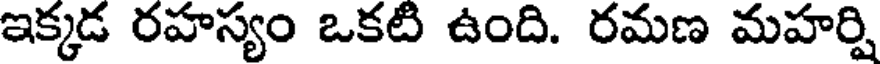
ఇక్కడ రహస్యం ఒకటి ఉంది. రమణ మహర్షి